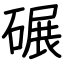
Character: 碾